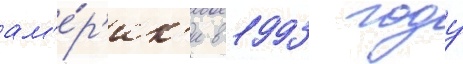
ам'е́р'ик'и в 1993 году